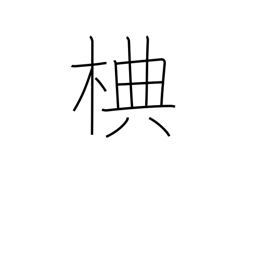
Meaning: type of deciduous birch tree